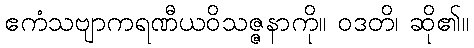
ဧကံသဗျာကရဏီယဝိသဇ္ဇနာကို။ ဝဒတိ၊ ဆို၏။